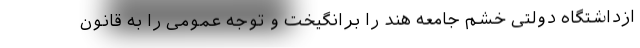
ازداشتگاه دولتی خشم جامعه هند را برانگیخت و توجه عمومی را به قانون